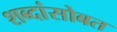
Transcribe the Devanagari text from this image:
शब्दांसोबत